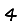
Digit: 4